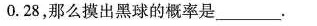
0.28，那么摸出黑球的概率是___。